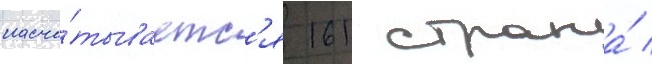
насчи́тываетс'я 161 страна́ /